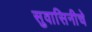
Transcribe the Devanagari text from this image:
सुवासिनीचे